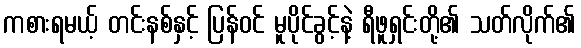
ကစားရမယ့် တင်းနစ်နှင့် ပြန်ဝင် မူပိုင်ခွင့်နဲ့ ရီဖူရှင်းတို့၏ သတ်လိုက်၏